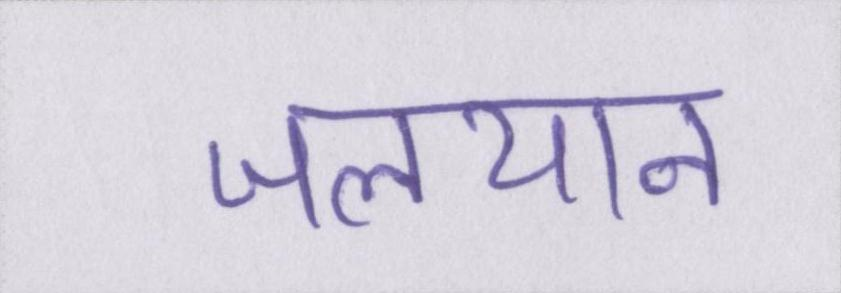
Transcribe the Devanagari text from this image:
जलयान